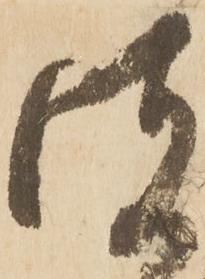
彼